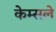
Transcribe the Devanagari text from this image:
केम्सले